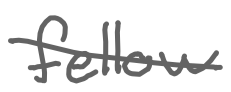
Text: fellow
Cross-out: diagonal
Writing tool: digital_gray